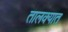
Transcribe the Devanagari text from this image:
तालक्यात